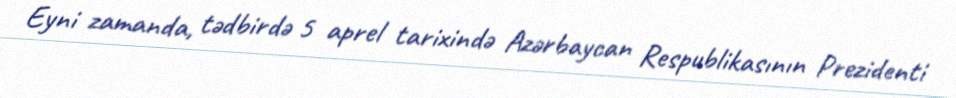
Eyni zamanda, tədbirdə 5 aprel tarixində Azərbaycan Respublikasının Prezidenti